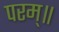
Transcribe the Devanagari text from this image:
परम्॥